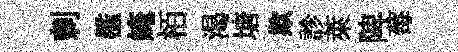
剌檻崦栢渴塘欺診萊陴莓